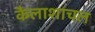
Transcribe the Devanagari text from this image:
कैलाशाचल